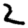
Digit: 2